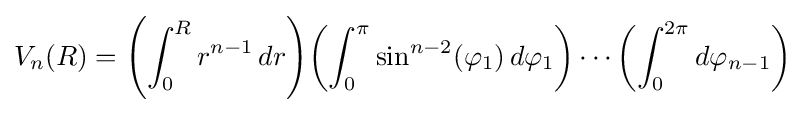
V_{n}(R)=\left(\int _{0}^{R}r^{n-1}\,dr\right)\!\left(\int _{0}^{\pi }\sin ^{n-2}(\varphi _{1})\,d\varphi _{1}\right)\cdots \left(\int _{0}^{2\pi }d\varphi _{n-1}\right)